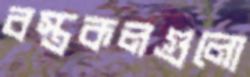
বস্ত্রকলগুলো